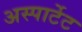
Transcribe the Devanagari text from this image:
अस्पार्टेट